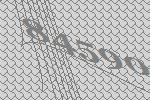
84590